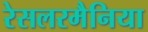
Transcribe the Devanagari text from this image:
रेसलरमैनिया